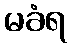
မခံရ